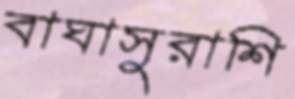
বাঘাসুরাশি